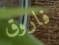
فاروق